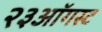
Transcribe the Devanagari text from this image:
२३ऑगस्ट